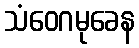
သံဝေဂမုခေန